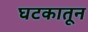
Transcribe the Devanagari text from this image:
घटकातून